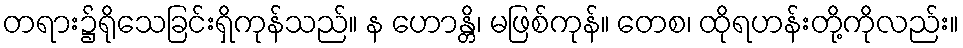
တရား၌ရိုသေခြင်းရှိကုန်သည်။ န ဟောန္တိ၊ မဖြစ်ကုန်။ တေစ၊ ထိုရဟန်းတို့ကိုလည်း။